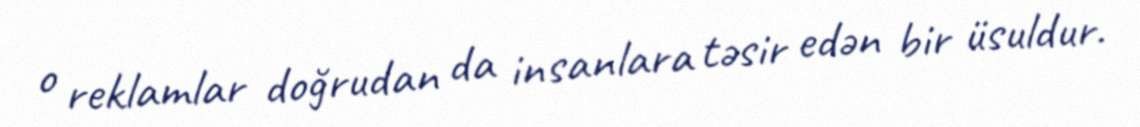
o reklamlar doğrudan da insanlara təsir edən bir üsuldur.